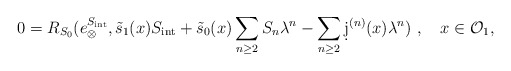
\begin{align*}0= R_{S_0}(e_{\otimes}^{S_{\mathrm{int}}},\tilde s_1(x)S_{\mathrm{int}} + \tilde s_0(x)\sum_{n\ge 2}S_n\lambda^n -\sum_{n\ge 2}\d j^{(n)}(x)\lambda^n)\ ,\quad x\in\mathcal{O}_1,\end{align*}